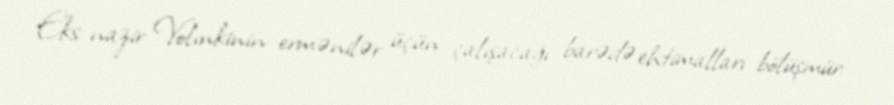
Eks-nazir Volınkinin ermənilər üçün çalışacağı barədə ehtimalları bölüşmür: